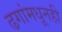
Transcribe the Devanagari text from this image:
ढगांमधूनही